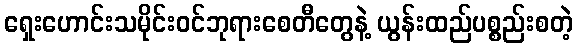
ရှေးဟောင်းသမိုင်းဝင်ဘုရားစေတီတွေနဲ့ ယွန်းထည်ပစ္စည်းစတဲ့